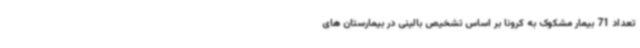
تعداد 71 بیمار مشکوک به کرونا بر اساس تشخیص بالینی در بیمارستان های